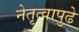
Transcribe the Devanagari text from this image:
नेतृत्वापुढे